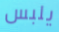
يلبس